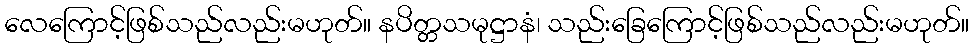
လေကြောင့်ဖြစ်သည်လည်းမဟုတ်။ နပိတ္တသမုဋ္ဌာနံ၊ သည်းခြေကြောင့်ဖြစ်သည်လည်းမဟုတ်။